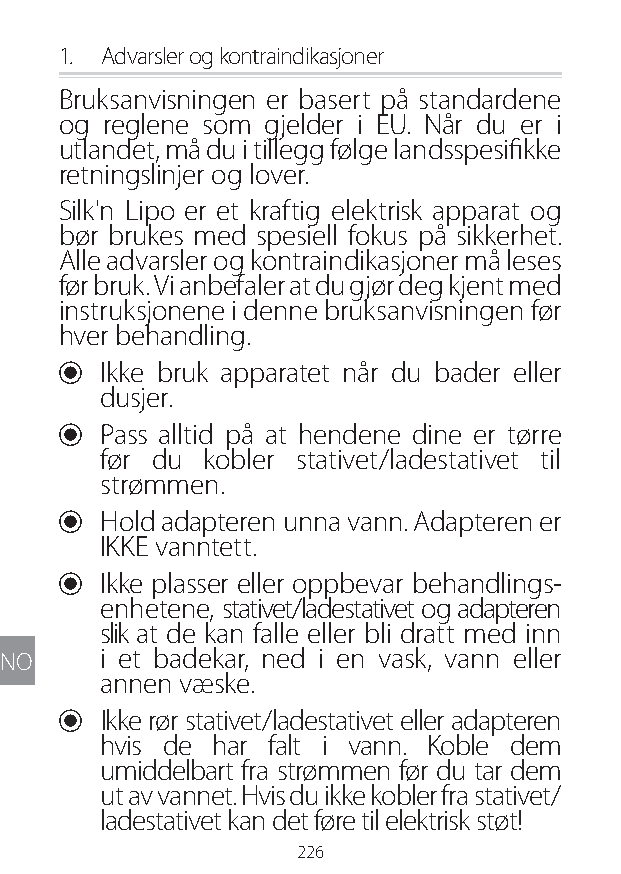
1. Advarsler og kontraindikasjoner
 Bruksanvisningen er basert på standardene
 og reglene som gjelder i EU. Når du er i
 utlandet, må du i tillegg følge landsspesifikke
 retningslinjer og lover.
 Silk'n Lipo er et kraftig elektrisk apparat og
 bør brukes med spesiell fokus på sikkerhet.
 Alle advarsler og kontraindikasjoner må leses
 før bruk. Vi anbefaler at du gjør deg kjent med
 instruksjonene i denne bruksanvisningen før
 hver behandling.
 U Ikke bruk apparatet når du bader eller
 dusjer.
 U Pass alltid på at hendene dine er tørre
 før du kobler stativet/ladestativet til
 strømmen.
 U Hold adapteren unna vann. Adapteren er
 IKKE vanntett.
 U Ikke plasser eller oppbevar behandlings-
 enhetene, stativet/ladestativet og adapteren
 slik at de kan falle eller bli dratt med inn
 NO    i et badekar, ned i en vask, vann eller
 annen væske.
 U Ikke rør stativet/ladestativet eller adapteren
 hvis de har falt i vann. Koble dem
 umiddelbart fra strømmen før du tar dem
 ut av vannet. Hvis du ikke kobler fra stativet/
 ladestativet kan det føre til elektrisk støt!
 226
 Lipo UM EU124 3545B inside ALL EU124 ED296-24 release.indd 226 14/08/2018 10:57:46